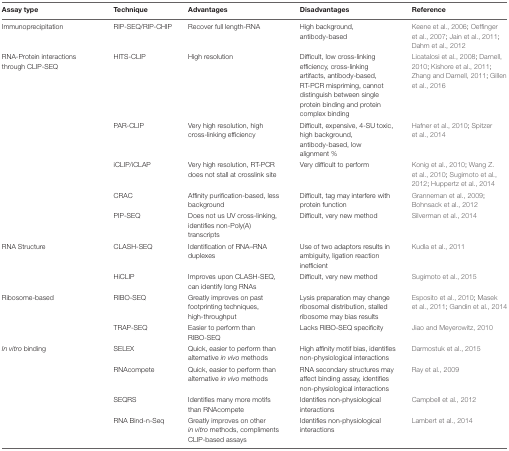
<table><thead><tr><td><b>Assay type</b></td><td><b>Technique</b></td><td><b>Advantages</b></td><td><b>Disadvantages</b></td><td><b>Reference</b></td></tr></thead><tbody><tr><td>Immunoprecipitation</td><td>RIP-SEQ/RIP-CHIP</td><td>Recover full length-RNA</td><td>High background, antibody-based</td><td>Keene et al., 2006; Oeffinger et al., 2007; Jain et al., 2011; Dahm et al., 2012</td></tr><tr><td>RNA-Protein interactions through CLIP-SEQ</td><td>HITS-CLIP</td><td>High resolution</td><td>Difficult, low cross-linking efficiency, cross-linking artifacts, antibody-based, RT-PCR mispriming, cannot distinguish between single protein binding and protein complex binding</td><td>Licatalosi et al., 2008; Darnell, 2010; Kishore et al., 2011; Zhang and Darnell, 2011; Gillen et al., 2016</td></tr><tr><td></td><td>PAR-CLIP</td><td>Very high resolution, high cross-linking efficiency</td><td>Difficult, expensive, 4-SU toxic, high background, antibody-based, low alignment %</td><td>Hafner et al., 2010; Spitzer et al., 2014</td></tr><tr><td></td><td>iCLIP/iCLAP</td><td>Very high resolution, RT-PCR does not stall at crosslink site</td><td>Very difficult to perform</td><td>Konig et al., 2010; Wang Z. et al., 2010; Sugimoto et al., 2012; Huppertz et al., 2014</td></tr><tr><td></td><td>CRAC</td><td>Affinity purification-based, less background</td><td>Difficult, tag may interfere with protein function</td><td>Granneman et al., 2009; Bohnsack et al., 2012</td></tr><tr><td></td><td>PIP-SEQ</td><td>Does not us UV cross-linking, identifies non-Poly(A) transcripts</td><td>Difficult, very new method</td><td>Silverman et al., 2014</td></tr><tr><td>RNA Structure</td><td>CLASH-SEQ</td><td>Identification of RNA–RNA duplexes</td><td>Use of two adaptors results in ambiguity, ligation reaction inefficient</td><td>Kudla et al., 2011</td></tr><tr><td></td><td>HiCLIP</td><td>Improves upon CLASH-SEQ, can identify long RNAs</td><td>Difficult, very new method</td><td>Sugimoto et al., 2015</td></tr><tr><td>Ribosome-based</td><td>RIBO-SEQ</td><td>Greatly improves on past footprinting techniques, high-throughput</td><td>Lysis preparation may change ribosomal distribution, stalled ribosome may bias results</td><td>Esposito et al., 2010; Masek et al., 2011; Gandin et al., 2014</td></tr><tr><td></td><td>TRAP-SEQ</td><td>Easier to perform than RIBO-SEQ</td><td>Lacks RIBO-SEQ specificity</td><td>Jiao and Meyerowitz, 2010</td></tr><tr><td><i>In vitro</i> binding</td><td>SELEX</td><td>Quick, easier to perform than alternative <i>in vivo</i> methods</td><td>High affinity motif bias, identifies non-physiological interactions</td><td>Darmostuk et al., 2015</td></tr><tr><td></td><td>RNAcompete</td><td>Quick, easier to perform than alternative <i>in vivo</i> methods</td><td>RNA secondary structures may affect binding assay, identifies non-physiological interactions</td><td>Ray et al., 2009</td></tr><tr><td></td><td>SEQRS</td><td>Identifies many more motifs than RNAcompete</td><td>Identifies non-physiological interactions</td><td>Campbell et al., 2012</td></tr><tr><td></td><td>RNA Bind-n-Seq</td><td>Greatly improves on other <i>in vitro</i> methods, compliments CLIP-based assays</td><td>Identifies non-physiological interactions</td><td>Lambert et al., 2014</td></tr></tbody></table>